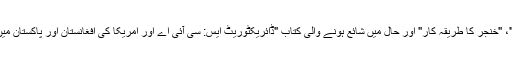
اس سے قبل کئی کتابیں جیسا کہ"بلیک واٹر:دنیا کی سب سے بڑی کرائے کی فوج کا ظہور"، "خنجر کا طریقہ کار" اور حال میں شائع ہونے والی کتاب "ڈائریکٹوریٹ ایس: سی آئی اے اور امریکا کی افغانستان اور پاکستان میں خفیہ جنگ" میں پاکستان کے خلاف امریکا کے خفیہ آپریشنز کے تفصیلات بتائی گئی ہیں۔